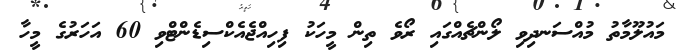
މައުލޫމާތު މުއްސަނދިވި ލޯންޗެއްގައި ރޯވެ ތިން މީހަކު ފިހިއްޖެއެކްސިޑެންޓްވި 60 އަހަރުގެ މީހާ